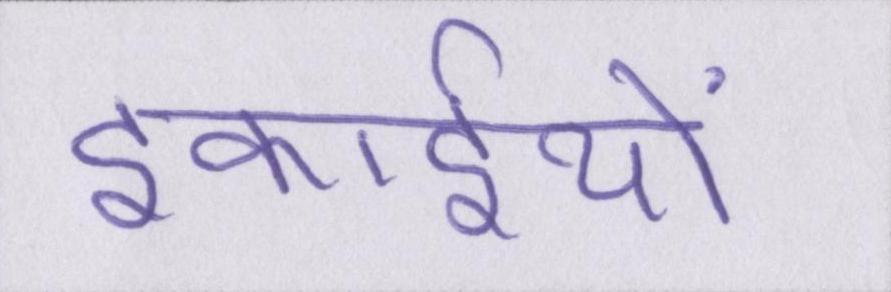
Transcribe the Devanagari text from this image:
इकाईयों